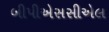
બીપીએસસીએલ